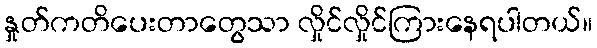
နှုတ်ကတိပေးတာတွေသာ လှိုင်လှိုင်ကြားနေရပါတယ်။